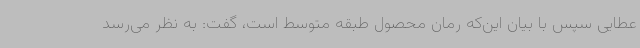
عطایی سپس با بیان این‌که رمان محصول طبقه متوسط است، گفت: به نظر می‌رسد